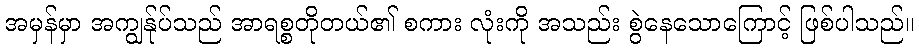
အမှန်မှာ အကျွန်ုပ်သည် အာရစ္စတိုတယ်၏ စကား လုံးကို အသည်း စွဲနေသောကြောင့် ဖြစ်ပါသည်။